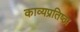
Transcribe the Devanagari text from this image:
काव्यप्रतिष्ठा